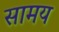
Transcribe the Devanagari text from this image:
सामय